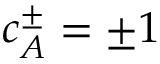
c _ { A } ^ { \pm } = \pm 1